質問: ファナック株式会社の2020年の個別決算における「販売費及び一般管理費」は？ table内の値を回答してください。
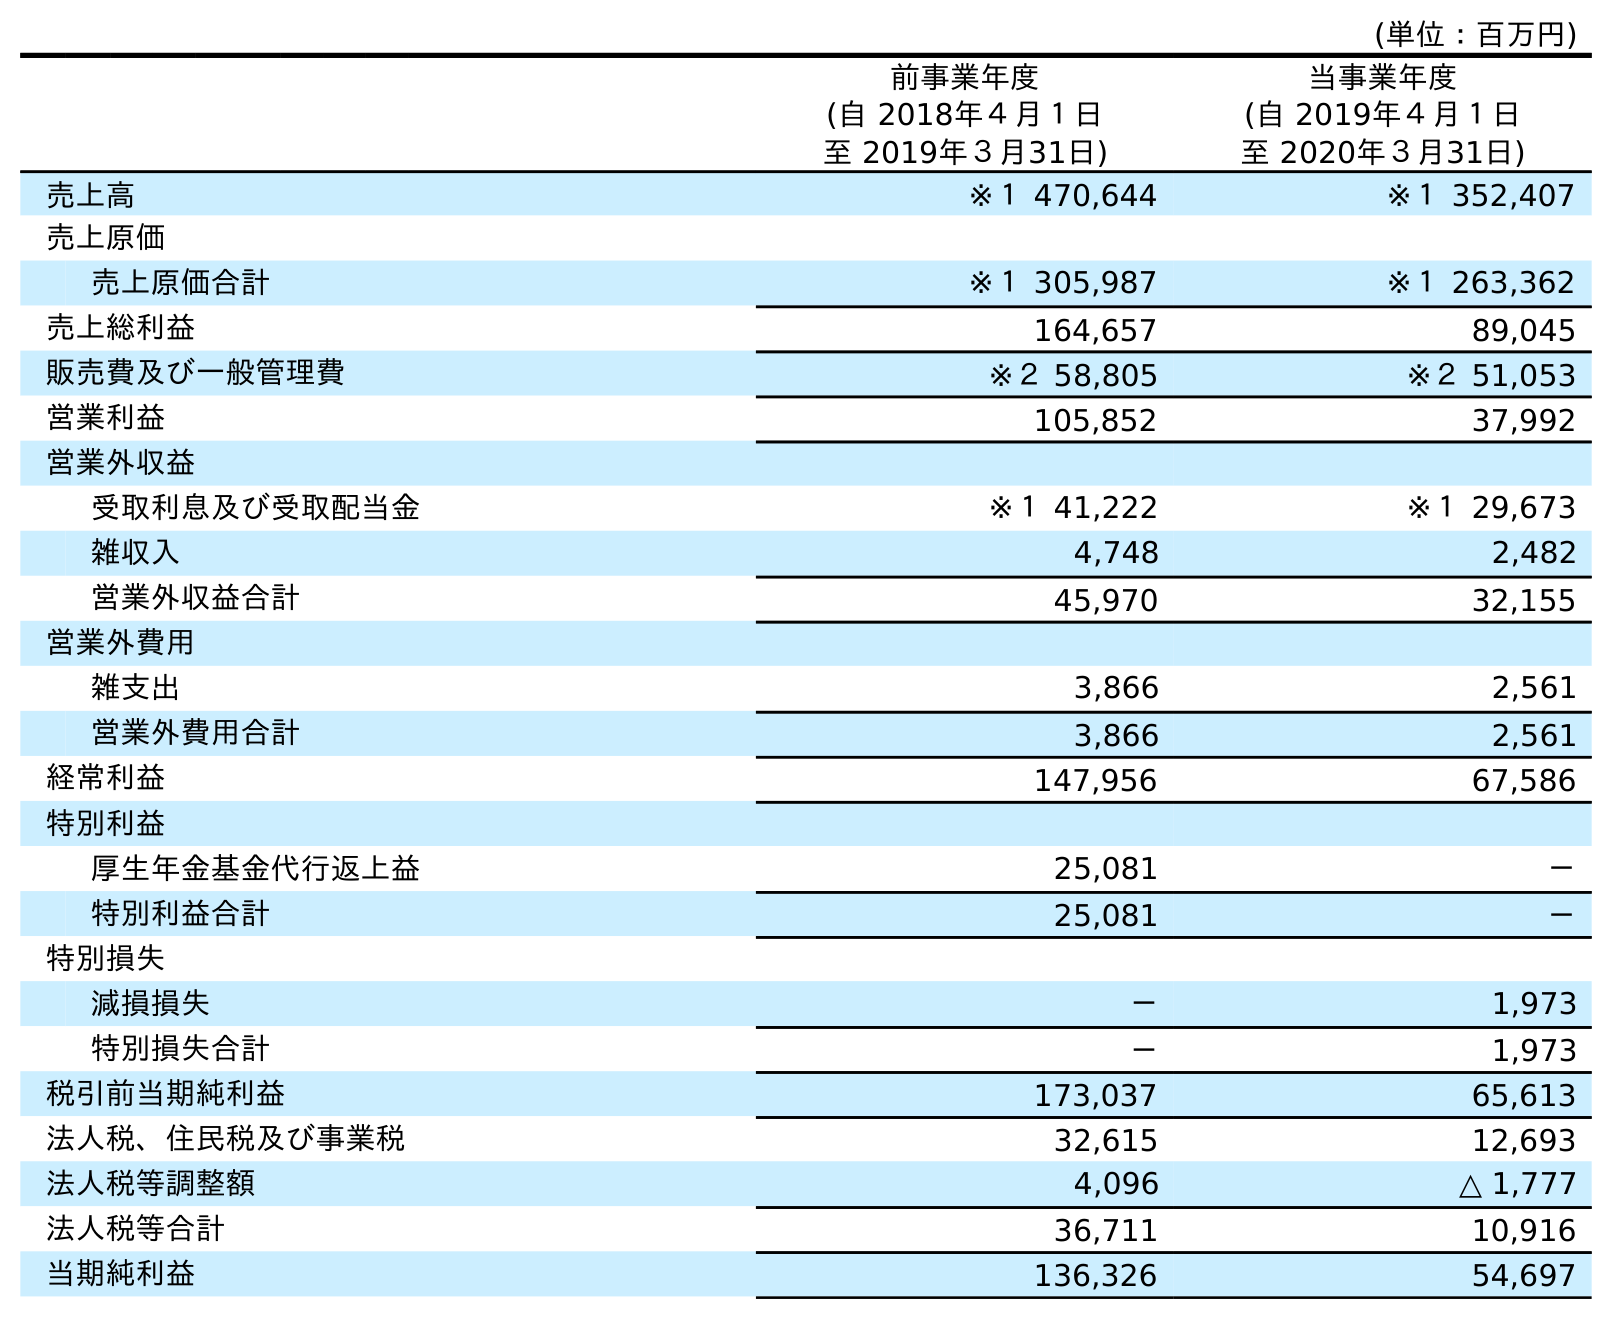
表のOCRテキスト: (単位：百万円) 前事業年度 (自 2018年４月１日 至 2019年３月31日) 当事業年度 (自 2019年４月１日 至 2020年３月31日) 売上高 ※１ 470,644 ※１ 352,407 売上原価 売上原価合計 ※１ 305,987 ※１ 263,362 売上総利益 164,657 89,045 販売費及び一般管理費 ※２ 58,805 ※２ 51,053 営業利益 105,852 37,992 営業外収益 受取利息及び受取配当金 ※１ 41,222 ※１ 29,673 雑収入 4,748 2,482 営業外収益合計 45,970 32,155 営業外費用 雑支出 3,866 2,561 営業外費用合計 3,866 2,561 経常利益 147,956 67,586 特別利益 厚生年金基金代行返上益 25,081 － 特別利益合計 25,081 － 特別損失 減損損失 － 1,973 特別損失合計 － 1,973 税引前当期純利益 173,037 65,613 法人税、住民税及び事業税 32,615 12,693 法人税等調整額 4,096 △ 1,777 法人税等合計 36,711 10,916 当期純利益 136,326 54,697
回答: ※２51,053